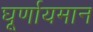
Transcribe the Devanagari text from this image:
घूर्णायमान